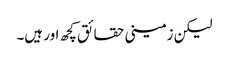
لیکن زمینی حقائق کچھ اور ہیں۔